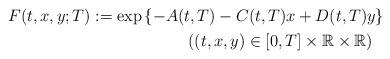
LaTeX: \begin{align*}\begin{aligned}F(t,x,y;T)&:=\exp\left\{-A(t,T)-C(t,T)x + D(t,T)y\right\} \\&\qquad\qquad\qquad((t,x,y)\in [0,T]\times \mathbb{R}\times \mathbb{R})\end{aligned}\end{align*}